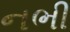
નભી